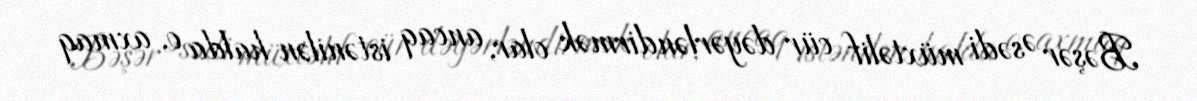
Bəşər Əsədi müxtəlif cür dəyərləndirmək olar, ancaq istənilən halda o, axmaq